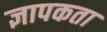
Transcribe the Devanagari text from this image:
ज्ञापकता